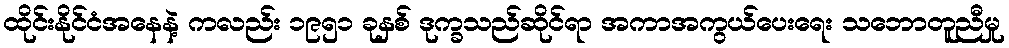
ထိုင်းနိုင်ငံအနေနဲ့ ကလည်း ၁၉၅၁ ခုနှစ် ဒုက္ခသည်ဆိုင်ရာ အကာအကွယ်ပေးရေး သဘောတူညီမှု